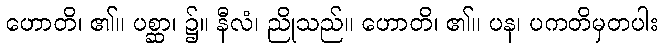
ဟောတိ၊ ၏။ ပစ္ဆာ၊ ၌။ နီလံ၊ ညိုသည်။ ဟောတိ၊ ၏။ ပန၊ ပကတိမှတပါး